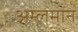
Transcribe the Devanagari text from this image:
अम्लमान